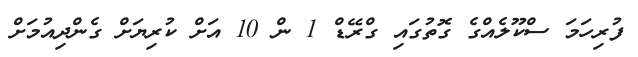
ފުރިހަމަ ސްކޫލެއްގެ ގޮތުގައި ގްރޭޑް 1 ން 10 އަށް ކުރިޔަށް ގެންދިއުމަށް